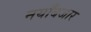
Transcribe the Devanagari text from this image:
नयाँबजार